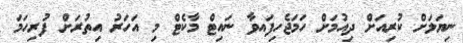
ނިޔަލަށް ކުރިއަށް ދިއުމަށް ހަމަޖެހިފައވާ ނައިޓް މާކެޓް މި އަހަރު އިތުރަށް ފުރިހަމަ